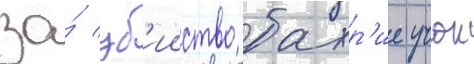
за́ уб'ииство бахр'ие учок